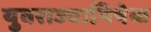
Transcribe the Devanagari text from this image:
युवराज्याभिषेक